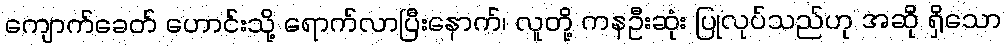
ကျောက်ခေတ် ဟောင်းသို့ ရောက်လာပြီးနောက်၊ လူတို့ ကနဦးဆုံး ပြုလုပ်သည်ဟု အဆို ရှိသော